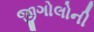
જીગોલોની